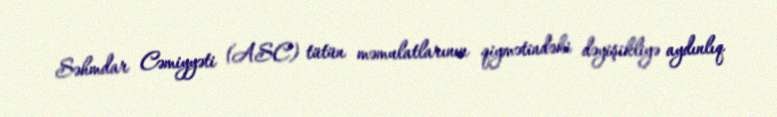
Səhmdar Cəmiyyəti (ASC) tütün məmulatlarının qiymətindəki dəyişikliyə aydınlıq